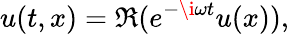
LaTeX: u(t,x)=\Re(e^{-\i\omega t}u(x)),